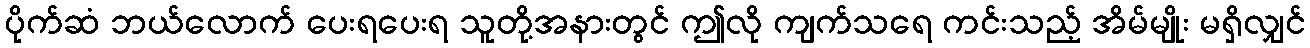
ပိုက်ဆံ ဘယ်လောက် ပေးရပေးရ သူတို့အနားတွင် ဤလို ကျက်သရေ ကင်းသည့် အိမ်မျိုး မရှိလျှင်